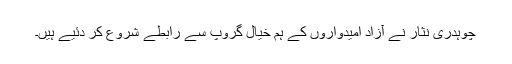
چوہدری نثار نے آزاد امیدواروں کے ہم خیال گروپ سے رابطے شروع کر دئیے ہیں۔